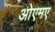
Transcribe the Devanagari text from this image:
ओएमए